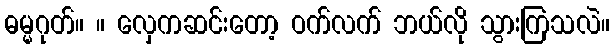
ဓမ္မဂုတ်။ ။ လှေကဆင်းတော့ ဝက်လက် ဘယ်လို သွားကြသလဲ။